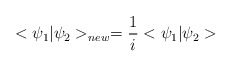
\begin{align*}<\psi_1|\psi_2>_{new}=\frac{1}{i}<\psi_1|\psi_2>\end{align*}